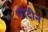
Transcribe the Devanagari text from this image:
गोदीन